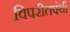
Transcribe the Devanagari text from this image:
विपरीतपंथी